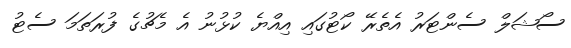
ސޯޝަލް ސެންޓަރު އެތެރޭ ކޯޓުގައި އިއްޔެ ކުޅުނު އެ މެޗުގެ ފުރަތަމަ ސެޓު